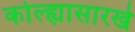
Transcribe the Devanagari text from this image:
कोल्ह्यासारखे